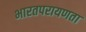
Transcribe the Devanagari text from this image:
भारतपरायणता